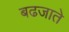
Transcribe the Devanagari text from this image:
बढजाते